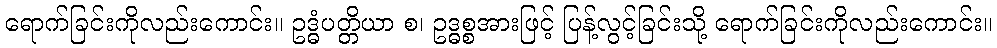
ရောက်ခြင်းကိုလည်းကောင်း။ ဥဒ္ဓံပတ္တိယာ စ၊ ဥဒ္ဓစ္စအားဖြင့် ပြန့်လွင့်ခြင်းသို့ ရောက်ခြင်းကိုလည်းကောင်း။